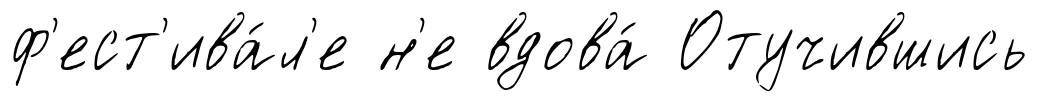
ф'ест'ива́л'е н'е вдова́ Отучившись